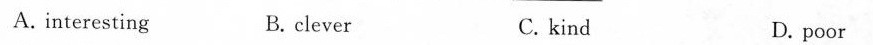
A. interesting B. clever C. kind D. poor